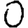
Digit: 0